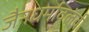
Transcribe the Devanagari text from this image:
जैनधर्मावलंवी